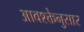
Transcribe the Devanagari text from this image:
आवश्क्तेनुसार